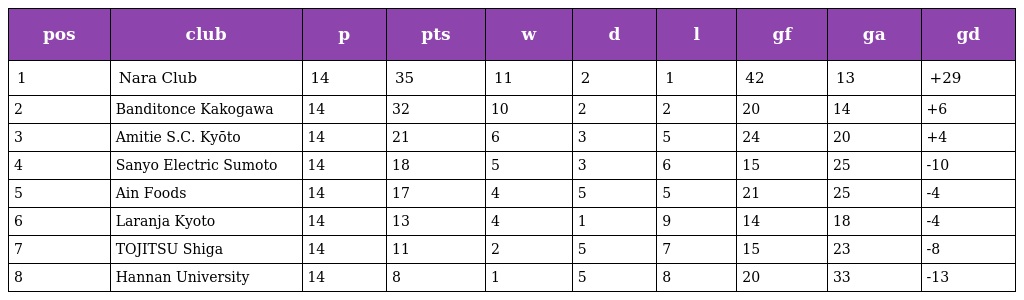
| pos | club | p | pts | w | d | l | gf | ga | gd |
 | --- | --- | --- | --- | --- | --- | --- | --- | --- | --- |
 | 1 | Nara Club | 14 | 35 | 11 | 2 | 1 | 42 | 13 | +29 |
 | 2 | Banditonce Kakogawa | 14 | 32 | 10 | 2 | 2 | 20 | 14 | +6 |
 | 3 | Amitie S.C. Kyōto | 14 | 21 | 6 | 3 | 5 | 24 | 20 | +4 |
 | 4 | Sanyo Electric Sumoto | 14 | 18 | 5 | 3 | 6 | 15 | 25 | -10 |
 | 5 | Ain Foods | 14 | 17 | 4 | 5 | 5 | 21 | 25 | -4 |
 | 6 | Laranja Kyoto | 14 | 13 | 4 | 1 | 9 | 14 | 18 | -4 |
 | 7 | TOJITSU Shiga | 14 | 11 | 2 | 5 | 7 | 15 | 23 | -8 |
 | 8 | Hannan University | 14 | 8 | 1 | 5 | 8 | 20 | 33 | -13 |